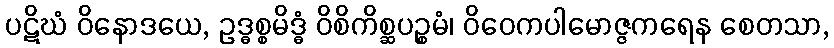
ပဋိဃံ ဝိနောဒယေ, ဥဒ္ဓစ္စမိဒ္ဓံ ဝိစိကိစ္ဆပဉ္စမံ၊ ဝိဝေကပါမောဇ္ဇကရေန စေတသာ,